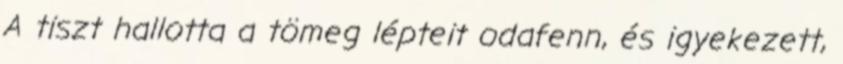
A tiszt hallotta a tömeg lépteit odafenn, és igyekezett,